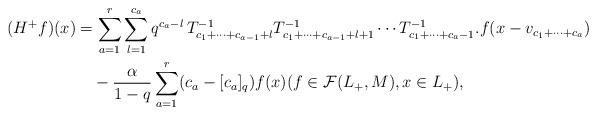
LaTeX: \begin{align*}(H^{+}f)(x)&=\sum_{a=1}^{r}\sum_{l=1}^{c_{a}}q^{c_{a}-l}\,T_{c_{1}+\cdots +c_{a-1}+l}^{-1} T_{c_{1}+\cdots +c_{a-1}+l+1}^{-1} \cdots T_{c_{1}+\cdots +c_{a}-1}^{-1}.f(x-v_{c_{1}+\cdots +c_{a}}) \\& \quad{}-\frac{\alpha}{1-q}\sum_{a=1}^{r}(c_{a}-[c_{a}]_{q})f(x) (f \in \mathcal{F}(L_{+}, M), x \in L_{+}), \end{align*}